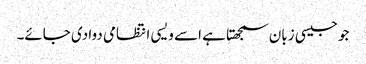
جو جیسی زبان سمجھتا ہے اسے ویسی انتظامی دوا دی جائے۔